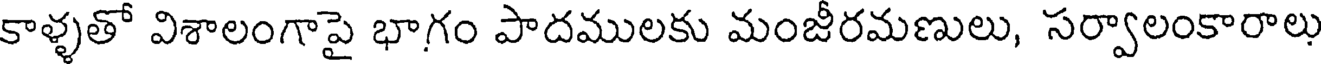
కాళ్ళతో విశాలంగాపై భాగం పాదములకు మంజీరమణులు, సర్వాలంకారాలు